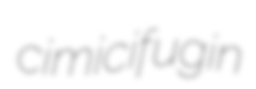
cimicifugin